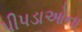
પીપડાઓના